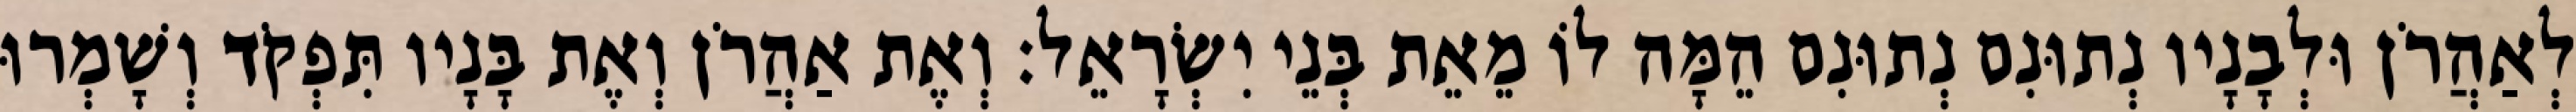
לְאַהֲרֹן וּלְבָנָיו נְתוּנִם נְתוּנִם הֵמָּה לוֹ מֵאֵת בְּנֵי יִשְׂרָאֵל׃ וְאֶת אַהֲרֹן וְאֶת בָּנָיו תִּפְקֹד וְשָׁמְרוּ